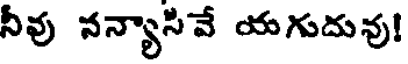
నీవు నన్యాసివే యగుదువు!